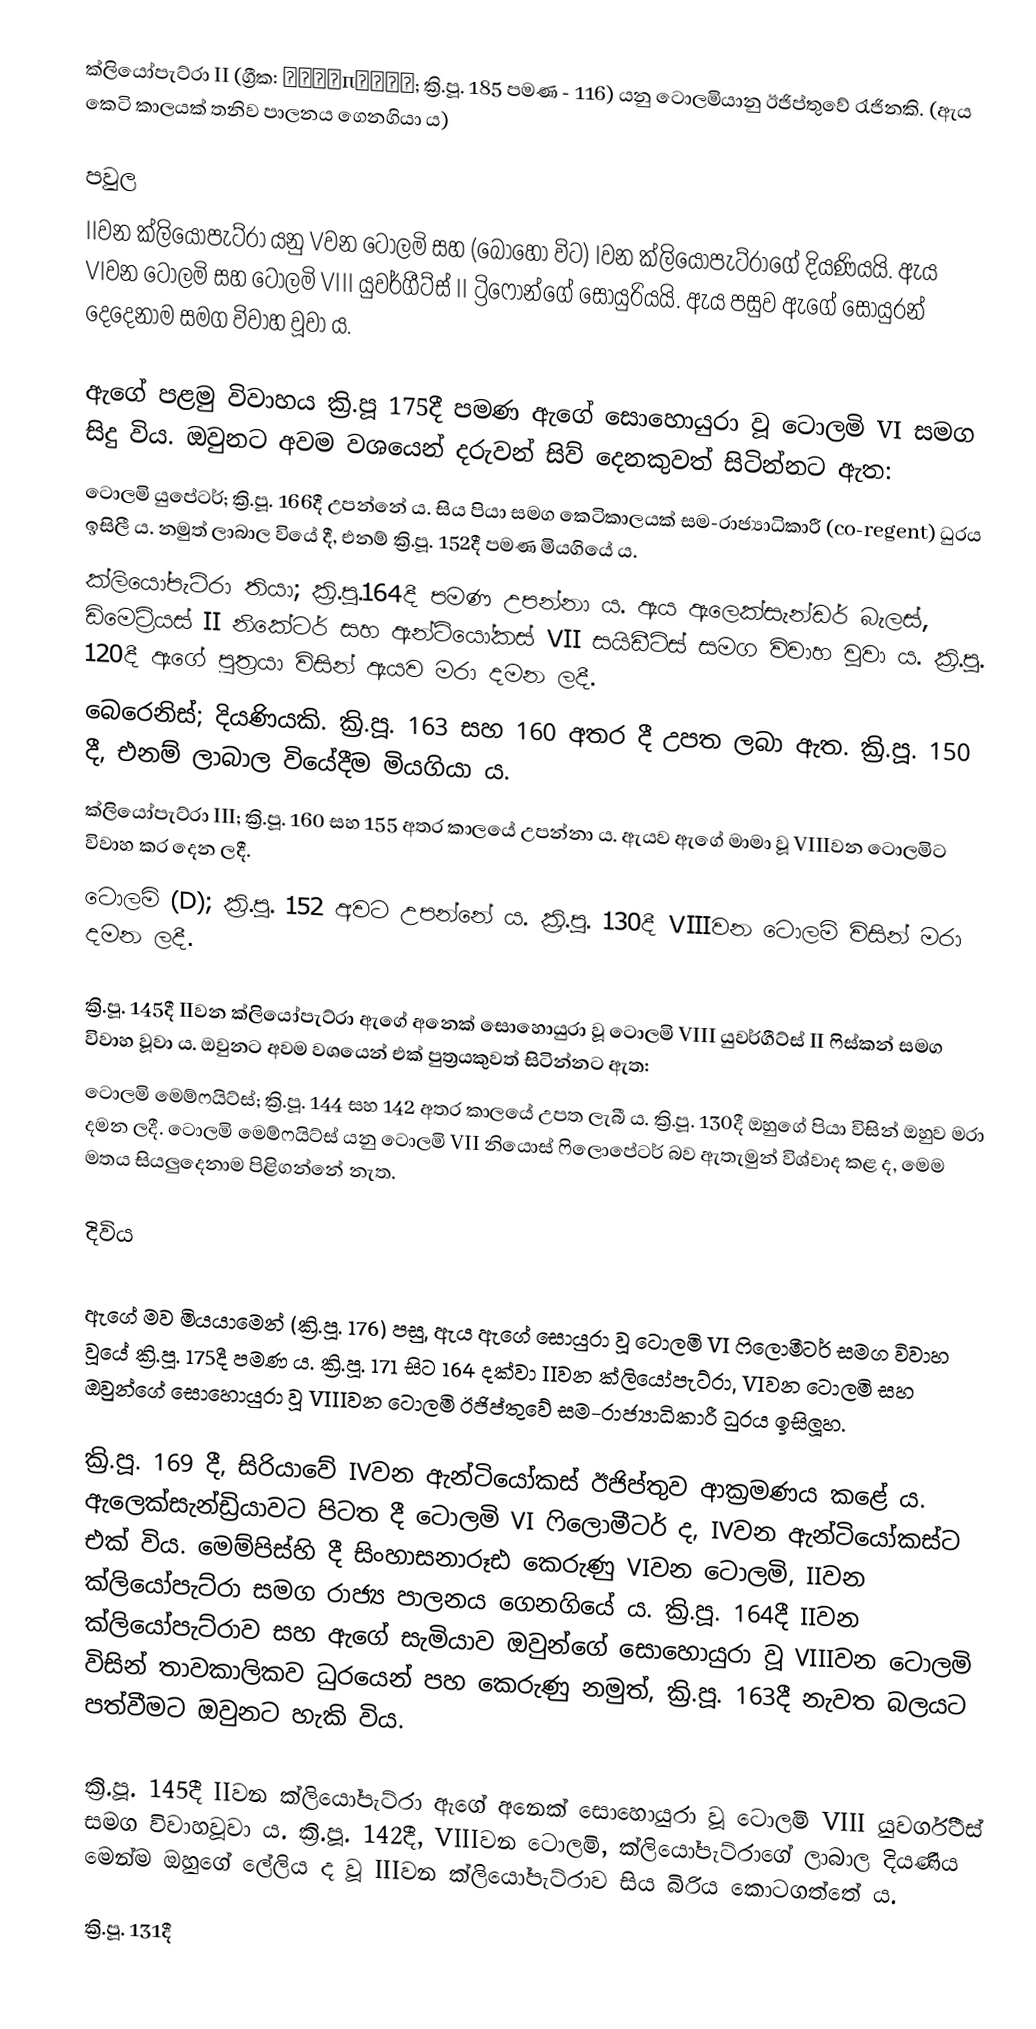
ක්ලියෝපැට්රා II (ග්‍රීක: Κλεοπάτρα; ක්‍රි.පූ. 185 පමණ - 116) යනු ටොලමියානු ඊජිප්තුවේ රැජිනකි. (ඇය කෙටි කාලයක් තනිව පාලනය ගෙනගියා ය)

පවුල
IIවන ක්ලියෝපැට්රා යනු Vවන ටොලමි සහ (බොහෝ විට) Iවන ක්ලියෝපැට්රාගේ දියණියයි. ඇය VIවන ටොලමි සහ ටොලමි VIII යුවර්ගීට්ස් II ට්‍රිෆොන්ගේ සොයුරියයි. ඇය පසුව ඇගේ සොයුරන් දෙදෙනාම සමග විවාහ වූවා ය.

ඇගේ පළමු විවාහය ක්‍රි.පූ 175දී පමණ ඇගේ සොහොයුරා වූ ටොලමි VI සමග සිදු විය. ඔවුනට අවම වශයෙන් දරුවන් සිව් දෙනකුවත් සිටින්නට ඇත:
 ටොලමි යුපේටර්; ක්‍රි.පූ. 166දී උපන්නේ ය. සිය පියා සමග කෙටිකාලයක් සම-රාජ්‍යාධිකාරී (co-regent) ධුරය ඉසිලී ය. නමුත් ලාබාල වියේ දී, එනම් ක්‍රි.පූ. 152දී පමණ මියගියේ ය.
 ක්ලියෝපැට්රා තියා; ක්‍රි.පූ.164දී පමණ උපන්නා ය. ඇය ඇලෙක්සැන්ඩර් බැලස්, ඩිමෙට්‍රියස් II නිකේටර් සහ ඇන්ටියෝකස් VII සයිඩීට්ස් සමග විවාහ වූවා ය. ක්‍රි.පූ. 120දී ඇගේ පුත්‍රයා විසින් ඇයව මරා දමන ලදී.
 බෙරෙනිස්; දියණියකි. ක්‍රි.පූ. 163 සහ 160 අතර දී උපත ලබා ඇත. ක්‍රි.පූ. 150 දී, එනම් ලාබාල වියේදීම මියගියා ය.
 ක්ලියෝපැට්රා III; ක්‍රි.පූ. 160 සහ 155 අතර කාලයේ උපන්නා ය. ඇයව ඇගේ මාමා වූ VIIIවන ටොලමිට විවාහ කර දෙන ලදී.
 ටොලමි (D); ක්‍රි.පූ. 152 අවට උපන්නේ ය. ක්‍රි.පූ. 130දී VIIIවන ටොලමි විසින් මරා දමන ලදී.

ක්‍රි.පූ. 145දී IIවන ක්ලියෝපැට්රා ඇගේ අනෙක් සොහොයුරා වූ ටොලමි VIII යුවර්ගීට්ස් II ෆිස්කන් සමග විවාහ වූවා ය. ඔවුනට අවම වශයෙන් එක් පුත්‍රයකුවත් සිටින්නට ඇත:
 ටොලමි මෙම්ෆයිට්ස්; ක්‍රි.පූ. 144 සහ 142 අතර කාලයේ උපත ලැබී ය. ක්‍රි.පූ. 130දී ඔහුගේ පියා විසින් ඔහුව මරා දමන ලදී. ටොලමි මෙම්ෆයිට්ස් යනු ටොලමි VII නියොස් ‍ෆිලොපේටර් බව ඇතැමුන් විශ්වාද කළ ද, මෙම මතය සියලුදෙනාම පිළිගන්නේ නැත.

දිවිය

ඇගේ මව මියයාමෙන් (ක්‍රි.පූ. 176) පසු, ඇය ඇගේ සොයුරා වූ ටොලමි VI ෆිලොමීටර් සමග විවාහ වූයේ ක්‍රි.පූ. 175දී පමණ ය. ක්‍රි.පූ. 171 සිට 164 දක්වා IIවන ක්ලියෝපැට්රා, VIවන ටොලමි සහ ඔවුන්ගේ සොහොයුරා වූ VIIIවන ටොලමි ඊජිප්තුවේ සම-රාජ්‍යාධිකාරී ධුරය ඉසිලූහ.

ක්‍රි.පූ. 169 දී, සිරියාවේ IVවන ඇන්ටියෝකස් ඊජිප්තුව ආක්‍රමණය කළේ ය. ඇලෙක්සැන්ඩ්‍රියාවට පිටත දී ටොලමි VI ෆිලොමීටර් ද, IVවන ඇන්ටියෝකස්ට එක් විය. මෙම්පිස්හි දී සිංහාසනාරූඪ කෙරුණු VIවන ටොලමි, IIවන ක්ලියෝපැට්රා සමග රාජ්‍ය පාලනය ගෙනගියේ ය. ක්‍රි.පූ. 164දී IIවන ක්ලියෝපැට්රාව සහ ඇගේ සැමියාව ඔවුන්ගේ සොහොයුරා වූ VIIIවන ටොලමි විසින් තාවකාලිකව ධුරයෙන් පහ කෙරුණු නමුත්, ක්‍රි.පූ. 163දී නැවත බලයට පත්වීමට ඔවුනට හැකි විය.

ක්‍රි.පූ. 145දී IIවන ක්ලියෝපැට්රා ඇගේ අනෙක් සොහොයුරා වූ ටොලමි VIII යුවර්ගීට්ස් සමග විවාහවූවා ය. ක්‍රි.පූ. 142දී, VIIIවන ටොලමි, ක්ලියෝපැට්රාගේ ලාබාල දියණිය මෙන්ම ඔහුගේ ලේලිය ද වූ IIIවන ක්ලියෝපැට්රාව සිය බිරිය කොටගත්තේ ය.

ක්‍රි.පූ. 131දී